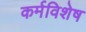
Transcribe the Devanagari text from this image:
कर्मविशेष